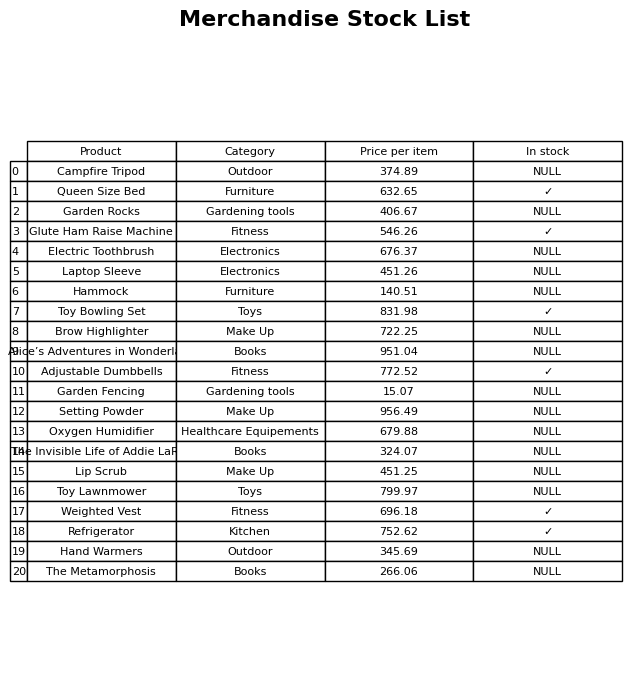
question: What is the stock status of the The Metamorphosis?
answer: NULL